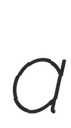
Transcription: a